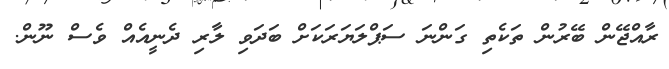
ރާއްޖޭން ބޭރުން ތަކެތި ގަންނަ ސަޕްލަޔަރަކަށް ބަދަވި ލާރި ދެނީއެއް ވެސް ނޫން.